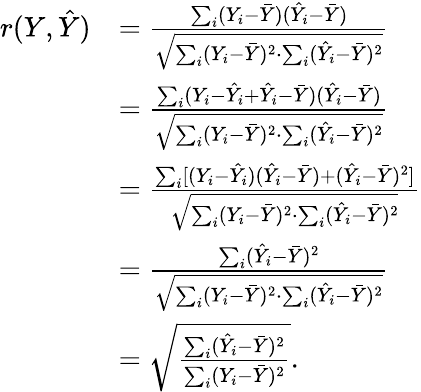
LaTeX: {\begin{array}{rl}{r(Y,{\hat{Y}})}&{={\frac{\sum_{i}(Y_{i}-{\bar{Y}})({\hat{Y}}_{i}-{\bar{Y}})}{\sqrt{\sum_{i}(Y_{i}-{\bar{Y}})^{2}\cdot\sum_{i}({\hat{Y}}_{i}-{\bar{Y}})^{2}}}}}\\ &{={\frac{\sum_{i}(Y_{i}-{\hat{Y}}_{i}+{\hat{Y}}_{i}-{\bar{Y}})({\hat{Y}}_{i}-{\bar{Y}})}{\sqrt{\sum_{i}(Y_{i}-{\bar{Y}})^{2}\cdot\sum_{i}({\hat{Y}}_{i}-{\bar{Y}})^{2}}}}}\\ &{={\frac{\sum_{i}[(Y_{i}-{\hat{Y}}_{i})({\hat{Y}}_{i}-{\bar{Y}})+({\hat{Y}}_{i}-{\bar{Y}})^{2}]}{\sqrt{\sum_{i}(Y_{i}-{\bar{Y}})^{2}\cdot\sum_{i}({\hat{Y}}_{i}-{\bar{Y}})^{2}}}}}\\ &{={\frac{\sum_{i}({\hat{Y}}_{i}-{\bar{Y}})^{2}}{\sqrt{\sum_{i}(Y_{i}-{\bar{Y}})^{2}\cdot\sum_{i}({\hat{Y}}_{i}-{\bar{Y}})^{2}}}}}\\ &{={\sqrt{\frac{\sum_{i}({\hat{Y}}_{i}-{\bar{Y}})^{2}}{\sum_{i}(Y_{i}-{\bar{Y}})^{2}}}}.}\end{array}}